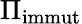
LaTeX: \Pi_{\textup{immut}}